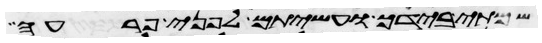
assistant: שמתי בידך ועשיתם לפני פרעה